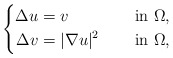
\begin{align*}\left\{\begin{aligned}\Delta u&=v &&\quad\mbox{ in } \Omega, \\\Delta v&=|\nabla u|^2 &&\quad\mbox{ in } \Omega,\end{aligned}\right.\end{align*}